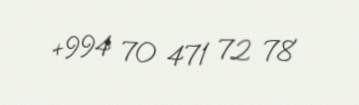
+994 70 471 72 78